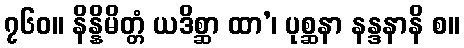
၇၆၀။ နိန္နိမိတ္တံ ယဒိစ္ဆာ ထာ’၊ ပုစ္ဆနာ နန္ဒနာနိ စ။